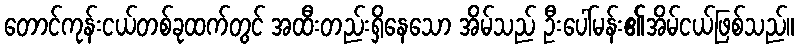
တောင်ကုန်းငယ်တစ်ခုထက်တွင် အထီးတည်းရှိနေသော အိမ်သည် ဦးပေါ်မန်း၏အိမ်ငယ်ဖြစ်သည်။